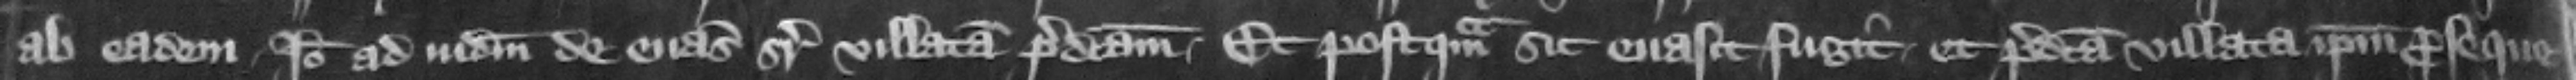
ab cadem. Ideo ad iudicium de euasione super villatam predictam. Et postquam sic euasit fugit et predicta villata ipsum proseque